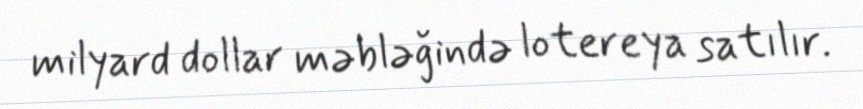
milyard dollar məbləğində lotereya satılır.